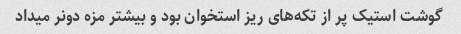
گوشت استیک پر از تکه‌های ریز استخوان بود و بیشتر مزه دونر میداد